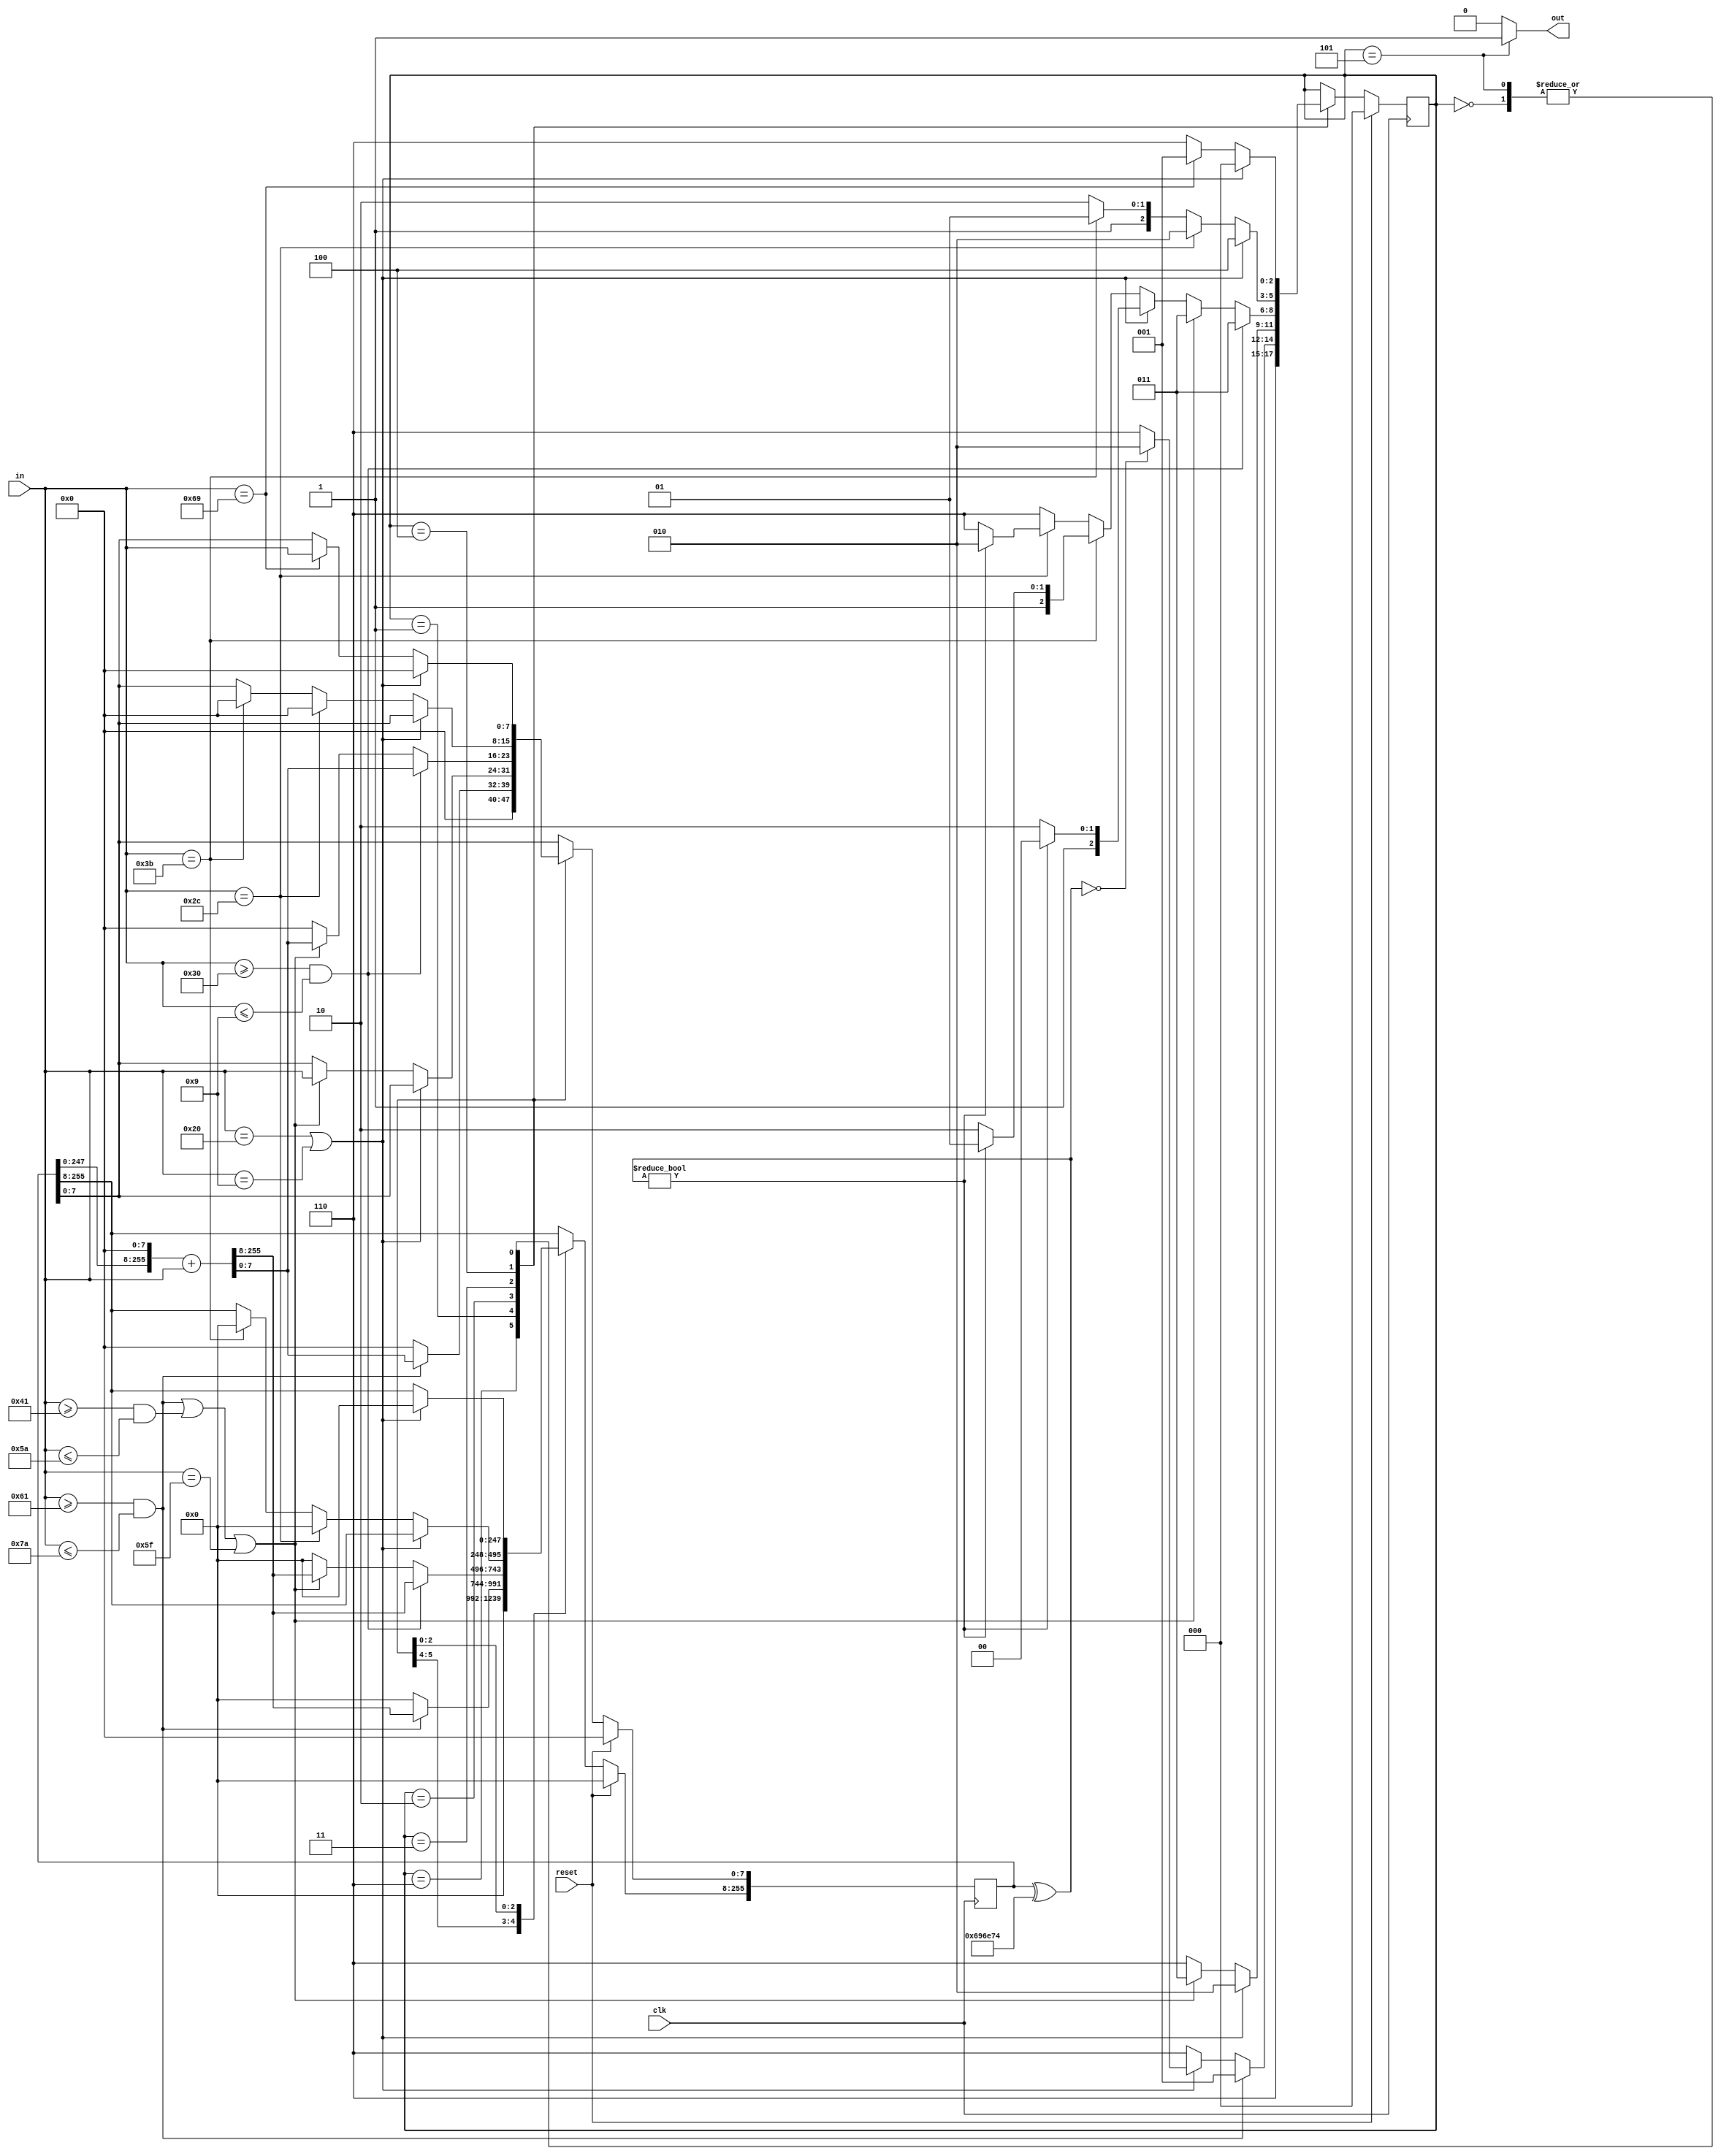
`timescale 1ns / 1ps
//////////////////////////////////////////////////////////////////////////////////
// Company: 
// Engineer: 
// 
// Design Name: 
// Module Name:    intcheck 
// Project Name: 
// Target Devices: 
// Tool versions: 
// Description: 
//
// Dependencies: 
//
// Revision: 
// Revision 0.01 - File Created
// Additional Comments: 
//
//////////////////////////////////////////////////////////////////////////////////
module intcheck(
    input clk,
    input reset,
    input [7:0] in,
    output out
    );
	 parameter s0 = 3'd0, s1 = 3'd1, s2 = 3'd2, s3 = 3'd3, s4 = 3'd4, s5 = 3'd5, s6 = 3'd6;
	 parameter nothing = 256'd0;
	 reg [255:0] str;
	 reg [2:0]state;
	 
	 assign out = (state == s5) ? 1'b1 : 1'b0;
	 
	 initial begin
	     state = s0;
		  str = nothing;
	 end
	 
	 always @(posedge clk) begin
	     if (reset) begin
		      state <= s0;
		      str <= 256'd0;
		  end else begin
		      case(state)
				        s6 : begin
						           state <= s6;
								     str <= nothing;
								 end
				        s0 : begin
						           if (in == " " || in == "	") begin
								         str <= nothing;
									      state <= s0;
								     end else if (in == "i") begin
								         state <= s1;
									      str[7:0] <= in;
									  end else begin
											state <= s6;
									  end
						       end
						  s1 : begin
								     if (in >= "a" && in <= "z") begin
								         state <= s1;
									      str <= (str<<8) + in;
								     end else if (in == " " || in == "	") begin
								         if ((str ^ "int") == 256'd0) begin
										       state <= s2;
											    str <= nothing;
										   end else begin
										       state <= s6;
											    str <= nothing;
										   end
								     end else begin
								         state <= s6;
									      str <= nothing;
								     end
						       end
						  s2 : begin
						           if (in == " " || in == "	") begin
									      state <= s2;
									  end else if ((in >= "a" && in <= "z") || (in >= "A" && in <= "Z") || in == "\0" || in == "\t" || in == "_") begin
									      str[7:0] = in;
											state <= s3;
									  end else state <= s6;
								 end
						  s3 : begin
						           if (in >= "0" && in <= 9) begin
									      state <= s3;
											str <= (str<<8) + in;
									  end else if ((in >= "a" && in <= "z") || (in >= "A" && in <= "Z") || in == "\0" || in == "\t" || in == "_") begin
									      state <= s3;
											str <= (str<<8) + in;
									  end else if (in == " " || in == "	") begin
									      if ((str ^ "int") != 256'd0) begin
											    state <= s4;
												 str <= nothing;
											end else begin
											    state <= s6;
												 str <= nothing;
											end
									  end else if (in == ";") begin
									      if ((str ^ "int") != 256'd0) begin
											    state <= s5;
												 str <= nothing;
											end else begin
											    state <= s6;
												 str <= nothing;
											end
									  end else if (in == ",") begin
									       if ((str ^ "int") != 256'd0) begin
									           state <= s2;
											     str <= nothing;
											 end else begin
											     state <= s6;
												  str <= nothing;
											 end
									  end else begin
									      state <= s6;
											str <= nothing;
									  end
						       end
						  s4 : begin
						           if (in == " " || in == "	") begin
									      state <= s4;
									  end else if (in == ",") begin
									       state <= s2;
											 str <= nothing;
									  end else if (in == ";")begin
									      state <= s5;
										   str <= nothing;
									  end else state <= s6;
						       end
						  s5 : begin
						           if (in == " " || in == "	") begin
									      state <= s0;
											str <= nothing;
									  end else if (in == "i") begin
									      state <= s1;
											str[7:0] <= in; 
									  end else begin
									      state <= s6;
									  end
								 end
 			   endcase
		  end
	 end
endmodule